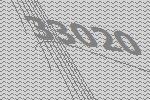
33020